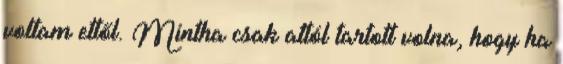
voltam ettől. Mintha csak attól tartott volna, hogy ha